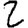
Digit: 2